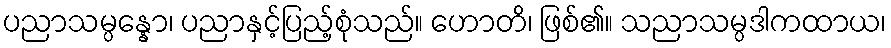
ပညာသမ္ပန္နော၊ ပညာနှင့်ပြည့်စုံသည်။ ဟောတိ၊ ဖြစ်၏။ သညာသမ္ပဒါကထာယ၊